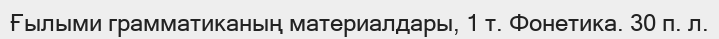
Ғылыми грамматиканың материалдары, 1 т. Фонетика. 30 п. л.